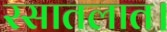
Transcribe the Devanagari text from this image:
रसातलात।